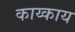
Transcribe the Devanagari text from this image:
काय्काय